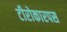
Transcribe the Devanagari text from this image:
टीरोकारपस